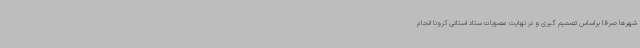
شهرها صرفا براساس تصمیم گیری و در نهایت مصوبات ستاد استانی کرونا انجام